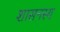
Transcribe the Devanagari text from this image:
शासनस्य